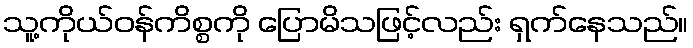
သူ့ကိုယ်ဝန်ကိစ္စကို ပြောမိသဖြင့်လည်း ရှက်နေသည်။